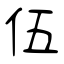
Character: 伍